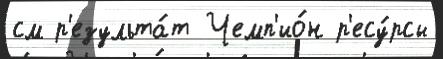
см р'езульта́т Чемп'ио́н р'есу́рсы